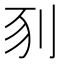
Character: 𠛖